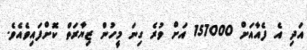
އަދި އެ ފެއާއަށް 157000 އަށް ވުރެ ގިނަ މީހުން ޒިޔާރަތް ކޮށްފައިވެއެވެ.